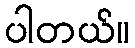
ပါတယ်။